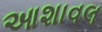
આશાવલ